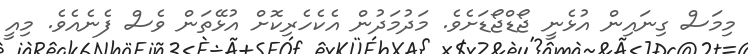
މިމަސް ގިނައިން އުޅެނީ ޖޯޑްޖޯޑަށެވެ. މަދުމަދުން އެކެހެރިކޮށް އުޅޭތަން ވެސް ފެނެއެވެ. މިއީ